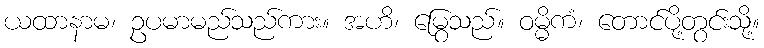
ယထာနာမ၊ ဥပမာမည်သည်ကား။ အဟိ၊ မြွေသည်။ ဝမ္မိကံ၊ တောင်ပို့တွင်းသို့။